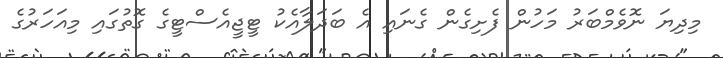
މިދިޔަ ނޮވެމްބަރު މަހުން ފެށިގެން ގެނައި އެ ބަދަލާއެކު ޓީޖީއެސްޓީގެ ގޮތުގައި މިއަހަރުގެ